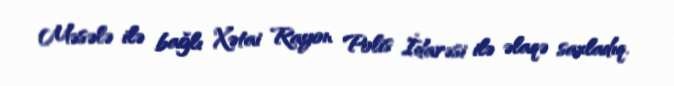
Məsələ ilə bağlı Xətai Rayon Polis İdarəsi ilə əlaqə saxladıq.